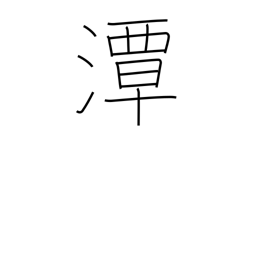
Meaning: deep water